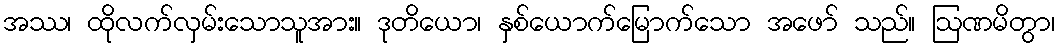
အဿ၊ ထိုလက်လှမ်းသောသူအား။ ဒုတိယော၊ နှစ်ယောက်မြောက်သော အဖော် သည်။ ဩဏမိတွာ၊